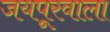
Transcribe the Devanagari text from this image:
जयपूरवाला